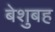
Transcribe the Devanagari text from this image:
बेशुबह